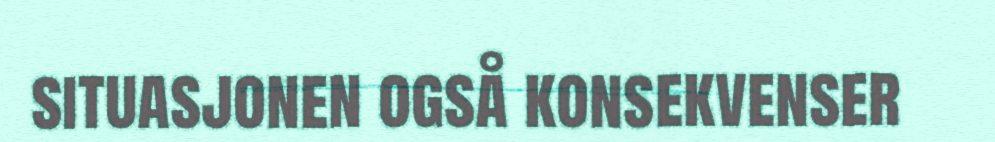
situasjonen også konsekvenser